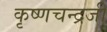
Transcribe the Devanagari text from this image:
कृष्‍णचन्‍द्रजी